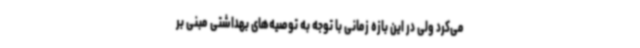
می‌کرد ولی در این بازه زمانی با توجه به توصیه‌های بهداشتی مبنی بر